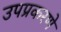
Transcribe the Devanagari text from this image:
उपप्रकरणे